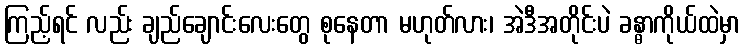
ကြည့်ရင် လည်း ချည်ချောင်းလေးတွေ စုနေတာ မဟုတ်လား၊ အဲဒီအတိုင်းပဲ ခန္ဓာကိုယ်ထဲမှာ